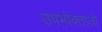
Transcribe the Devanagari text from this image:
उपभोक्‍ताओ